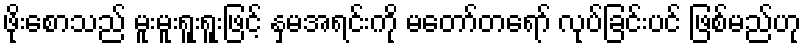
ဖိုးစောသည် မူးမူးရူးရူးဖြင့် နှမအရင်းကို မတော်တရော် လုပ်ခြင်းပင် ဖြစ်မည်ဟု